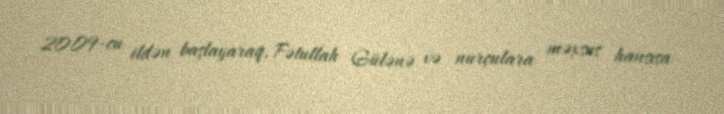
2009-cu ildən başlayaraq, Fətullah Gülənə və nurçulara məxsus hansısa